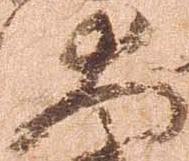
大